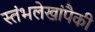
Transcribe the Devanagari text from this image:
स्तंभलेखांपैकी